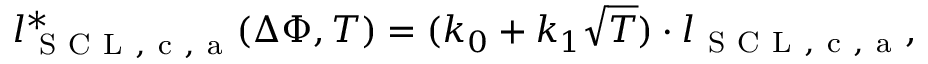
l _ { \mathrm { ~ S ~ C ~ L ~ , ~ c ~ , ~ a ~ } } ^ { * } ( \Delta \Phi , T ) = ( k _ { 0 } + k _ { 1 } \sqrt { T } ) \cdot l _ { \mathrm { ~ S ~ C ~ L ~ , ~ c ~ , ~ a ~ } } ,